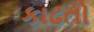
કાઢતો